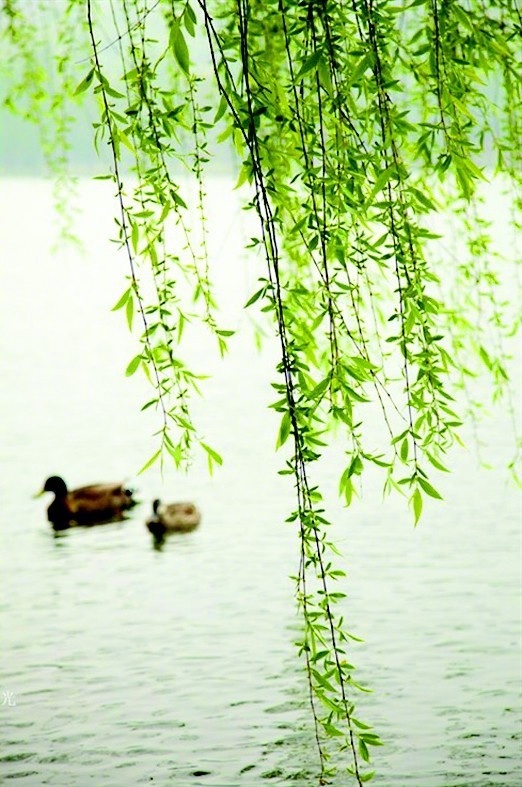
烟水初销见万家，东风吹柳万条斜。